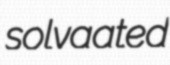
solvaated